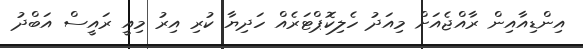
އިންޑިއާއިން ރާއްޖެއަށް މިއަދު ހެލިކޮޕްޓަރެއް ހަދިޔާ ކުރި އިރު މިއީ ރައީސް އަބްދު